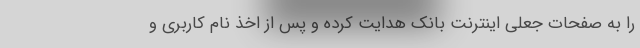
را به صفحات جعلی اینترنت بانک هدایت کرده و پس از اخذ نام کاربری و